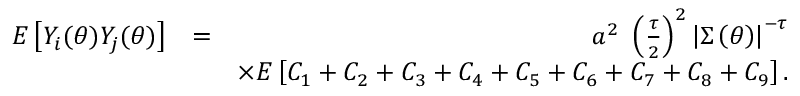
\begin{array} { r l r } { E \left[ Y _ { i } ( \boldsymbol { \theta } ) Y _ { j } ( \boldsymbol { \theta } ) \right] } & { = } & { a ^ { 2 } \mathrm { ~ } \left( \frac { \tau } { 2 } \right) ^ { 2 } \left\vert \boldsymbol { \Sigma } \left( \boldsymbol { \theta } \right) \right\vert ^ { - \tau } } \\ & { } & { \times E \left[ C _ { 1 } + C _ { 2 } + C _ { 3 } + C _ { 4 } + C _ { 5 } + C _ { 6 } + C _ { 7 } + C _ { 8 } + C _ { 9 } \right] . } \end{array}